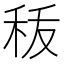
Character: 𮂺